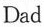
Dad